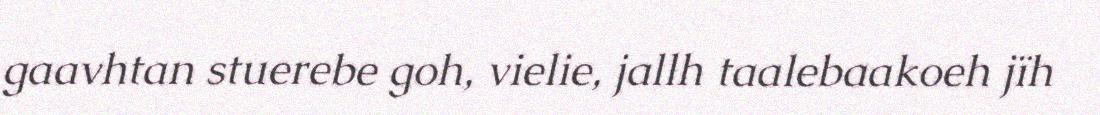
gaavhtan stuerebe goh, vielie, jallh taalebaakoeh jïh